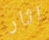
اثار